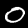
Digit: 0